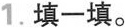
1.填一填。